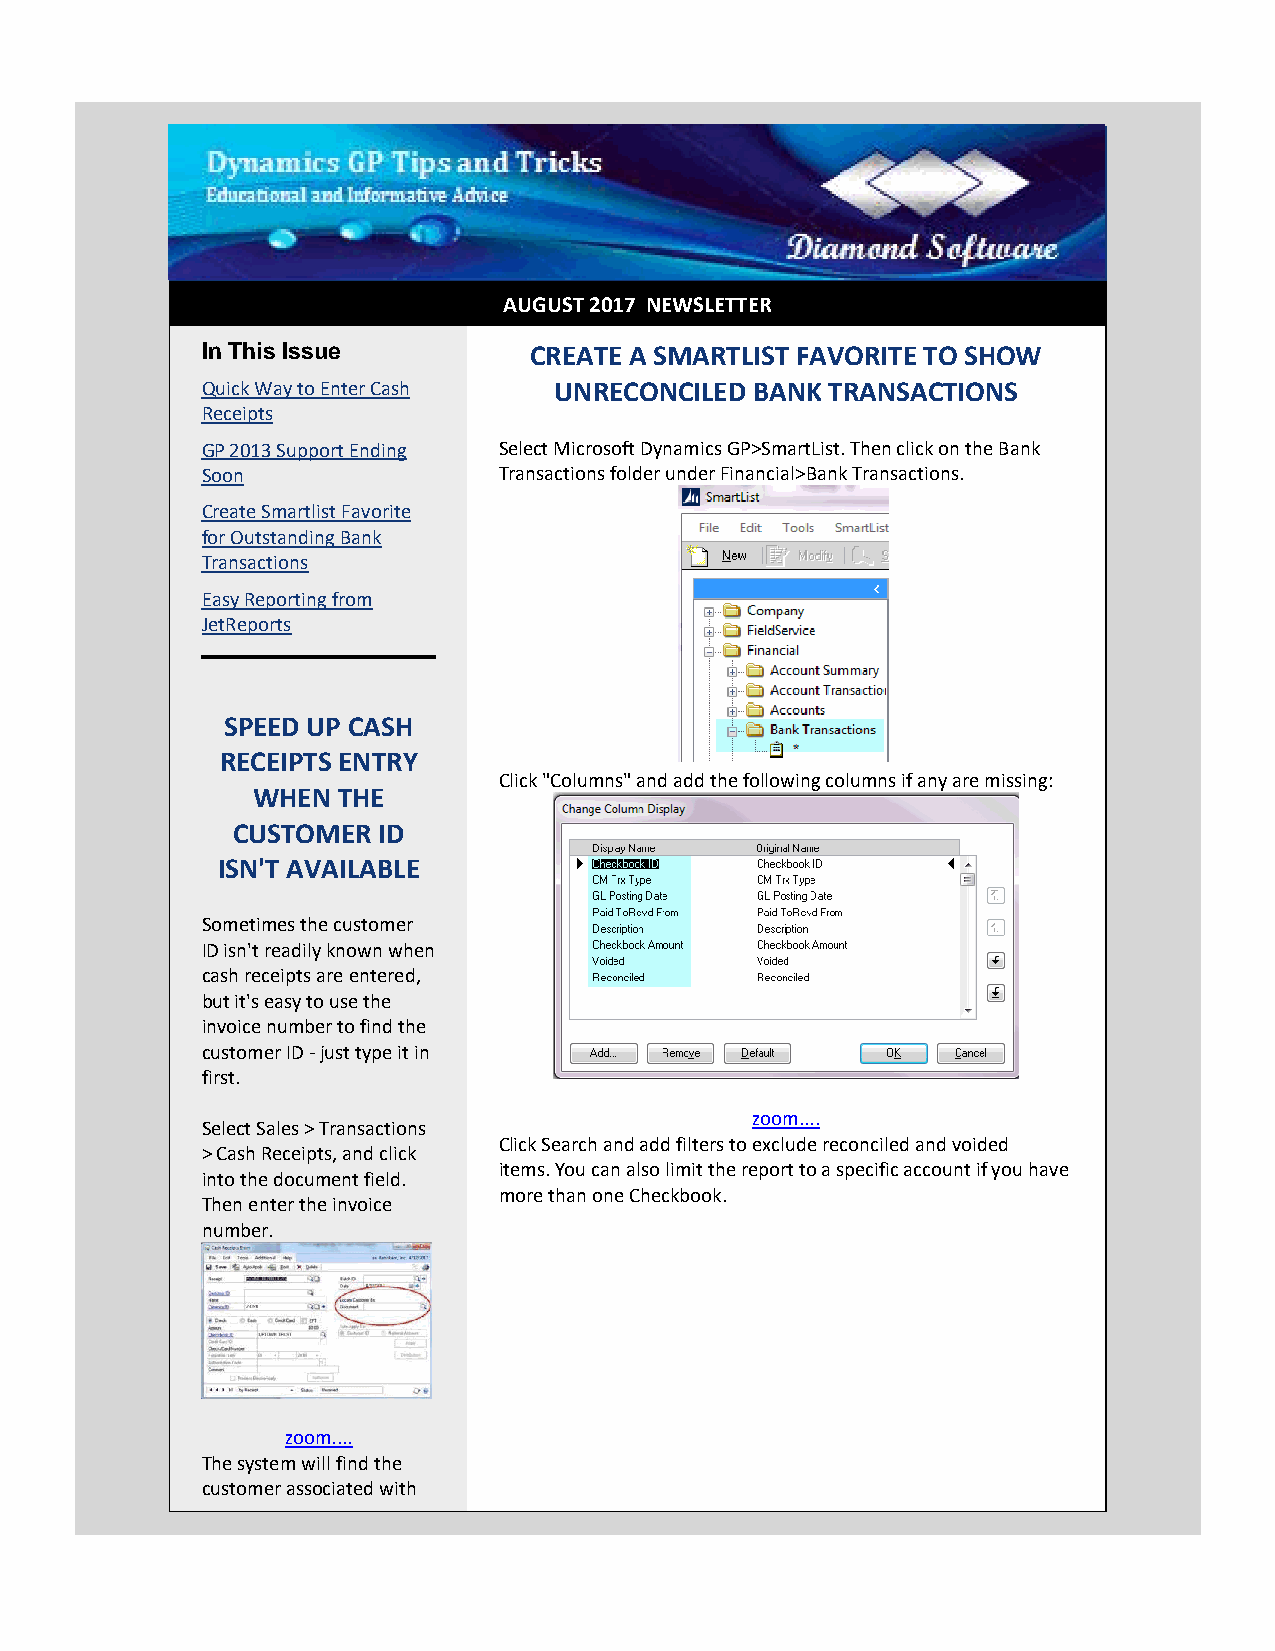
AUGUST 2017 NEWSLETTER
 In This Issue         CREATE A SMARTLIST FAVORITE TO SHOW
 Quick Way to Enter Cash UNRECONCILED BANK TRANSACTIONS
 Receipts
 GP 2013 Support Ending Select Microsoft Dynamics GP>SmartList. Then click on the Bank
 Soon                Transactions folder under Financial>Bank Transactions.
 Create Smartlist Favorite
 for Outstanding Bank
 Transactions
 Easy Reporting from
 JetReports
 SPEED UP CASH
 RECEIPTS ENTRY
 Click "Columns" and add the following columns if any are missing:
 WHEN THE
 CUSTOMER  ID
 ISN'T AVAILABLE
 Sometimes the customer
 ID isn't readily known when
 cash receipts are entered,
 but it's easy to use the
 invoice number to find the
 customer ID - just type it in
 first.
 zoom....
 Select Sales > Transactions
 Click Search and add filters to exclude reconciled and voided
 > Cash Receipts, and click
 items. You can also limit the report to a specific account if you have
 into the document field.
 more than one Checkbook.
 Then enter the invoice
 number.
 zoom....
 The system will find the
 customer associated with